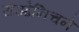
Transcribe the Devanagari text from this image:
राओनिचने